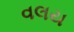
વલય